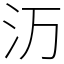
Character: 𬇕